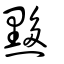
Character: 黟